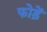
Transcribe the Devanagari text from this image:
फोड़ें